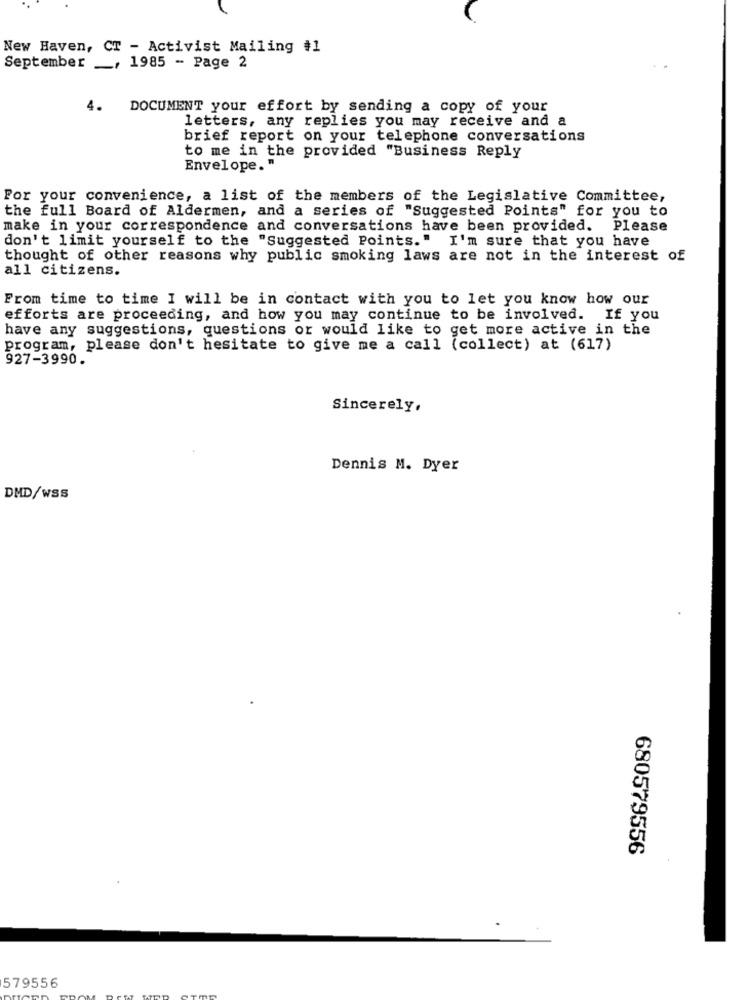
New Haven, CT - Activist Mailing #1
September _, 1985 - Page 2
4.
DOCUMENT your effort by sending a copy of your
letters, any replies you may receive and a
brief report on your telephone conversations
to me in the provided "Business Reply
Envelope."
Por your convenience, a list of the members of the Legislative Committee,
the full Board of Aldermen, and a series of "Suggested Points" for you to
make in your correspondence and conversations have been provided. Please
don't limit yourself to the "Suggested Points." I'm sure that you have
thought of other reasons why public smoking laws are not in the interest of
all citizens.
From time to time I will be in contact with you to let you know how our
efforts are proceeding, and how you may continue to be involved. If you
have any suggestions, questions or would like to get more active in the
program, please don't hesitate to give me a call (collect) at (617)
927-3990.
Sincerely,
Dennis M. Dyer
DMD/WSS
680579556
579556